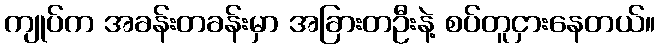
ကျုပ်က အခန်းတခန်းမှာ အခြားတဦးနဲ့ စပ်တူငှားနေတယ်။